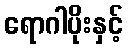
ရောဂါပိုးနှင့်